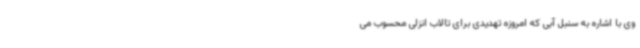
وی با اشاره به سنبل آبی که امروزه تهدیدی برای تالاب انزلی محسوب می